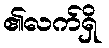
၏လက်ရှိ